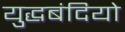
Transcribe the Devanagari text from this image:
युद्धबंदियो